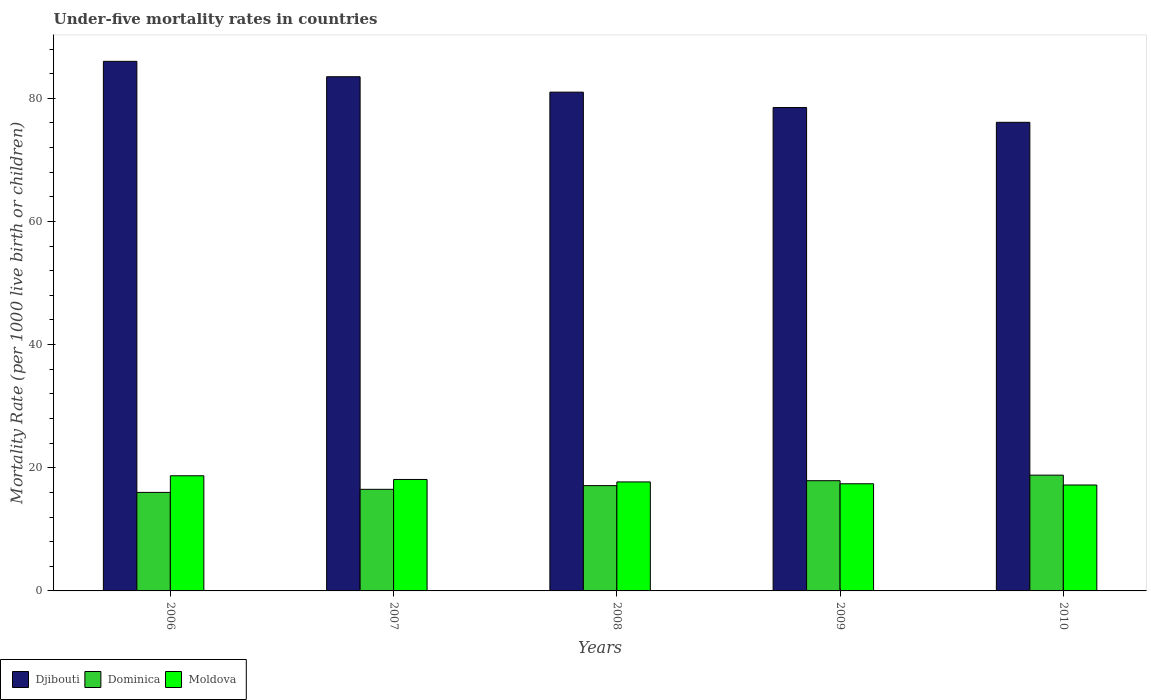
| Years | Djibouti | Dominica | Moldova |
 | --- | --- | --- | --- |
 | 2006 | 86 | 16 | 18.7 |
 | 2007 | 83.5 | 16.5 | 18.1 |
 | 2008 | 81 | 17.1 | 17.7 |
 | 2009 | 78.5 | 17.9 | 17.4 |
 | 2010 | 76.1 | 18.8 | 17.2 |